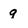
Character: 9